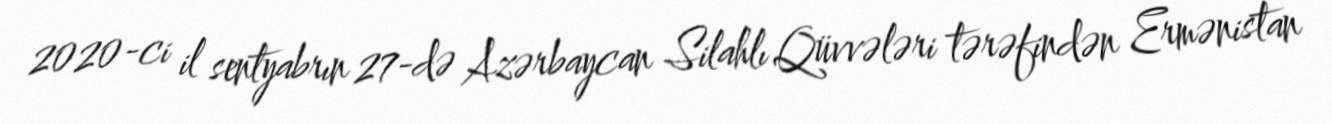
2020-ci il sentyabrın 27-də Azərbaycan Silahlı Qüvvələri tərəfindən Ermənistan